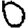
Digit: 0